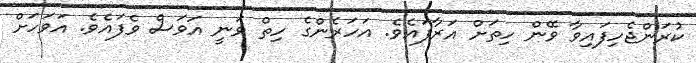
ކުރަންޖެހިފައިވާ ވޭން ހިތަށް އަރާފައެވެ. އަހަރެންގެ ހިތް ވަނީ އަވަސް ވެފައެވެ. އަވަހަށް